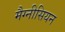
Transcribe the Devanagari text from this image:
मैग्नीसियन